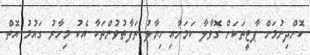
ކޮށްދިނުމަށް ޕާޓީތަކަށް ގޮވާލާ ކަމަށާއި ހިޔާލު ތަފާތުވުންތަކާ އެކު މިހާރު ގައުމު އޮތް